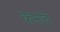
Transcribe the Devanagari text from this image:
क्रमाचे